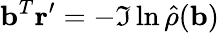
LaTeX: \mathbf{b}^{T}\mathbf{r}^{\prime}=-\Im\ln\hat{\rho}(\mathbf{b})